system: You are a helpful assistant.
user:
Analyze the provided spectrum to determine if it is a **M-type Giant (gM)**.

A M-type Giant spectrum is defined by its **strong molecular absorption** features, particularly from **Titanium Oxide (TiO)**. You must check for one of the following mutually exclusive signatures:

- **Key Visual Indicators (Absorption-Dominated Spectrum):**

    - **(Primary):** The spectrum is dominated by strong molecular absorption from **Titanium Oxide (TiO)**. This is the **defining feature** of its M-type temperature class.
        - **(Key Bandheads):** Look for sharp, "saw-tooth" absorption valleys. The strongest are located near **~7050 Å**, **~6160 Å**, and **~5170 Å**.
        - **(Line Profile):** The "saw-tooth" morphology is critical: a **sharp, steep drop on the BLUE (short-wavelength) side** of the bandhead, followed by a gradual recovery (rising flux) towards the RED (long-wavelength) side.

    - **(Key Confirmation - Giant vs. Dwarf):** **ABSENCE** of strong **Calcium Hydride (CaH)** molecular bands. This is the primary diagnostic for *excluding* M-dwarfs.
        - **(Key Region):** The spectrum should lack the strong, broad absorption band seen in dwarfs between **~6800 Å and ~7000 Å**.

    - **(Secondary Confirmation - Giant):** A very strong and broad **Neutral Calcium (Ca I)** atomic absorption line.
        - **(Key Line):** Located at **~4226 Å**. In a giant (gM), this line is significantly deeper and broader than the same line in an M-dwarf (dM) due to low surface gravity.

    - **(Overall Spectrum):**
        - The continuum is **extremely red-sloping** (i.e., flux is very low in the blue and rises dramatically towards the red).
        - The entire spectrum appears "chopped up" by the deep TiO bands.

Think first, call **spectral_visualization_tool** if needed to examine features in detail, then provide your final answer. Your response must adhere to the following strict rules:
1.  **Overall Structure:** Your response must follow the format `<think>...</think> <tool_call>...</tool_call> (if a tool is used) <answer>...</answer>`.
2.  **Tool Usage Constraint:** You may only make **one** tool call per turn.
3.  **Final Answer Format:** In the `<answer>` tag, your conclusion must be inside a `\boxed{}` command (e.g., `\boxed{YES}` or `\boxed{NO}`), followed by your justification.

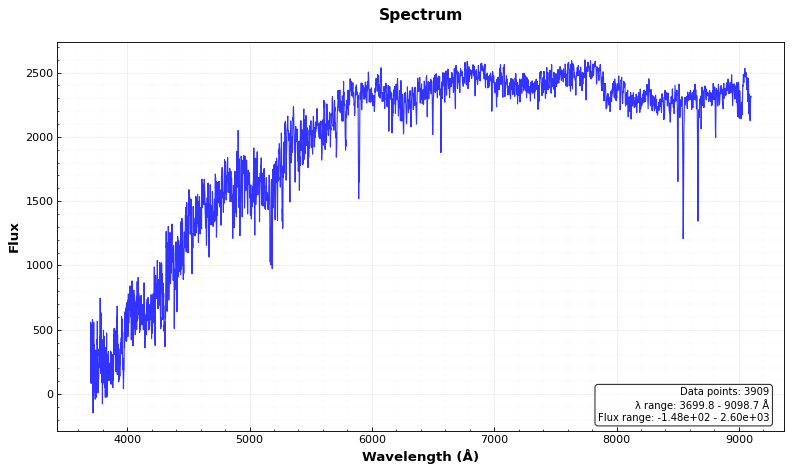
Answer: NO